Insane asylums in Bengal annual reports 1876-1887 - 1876-1887
Year: 1876
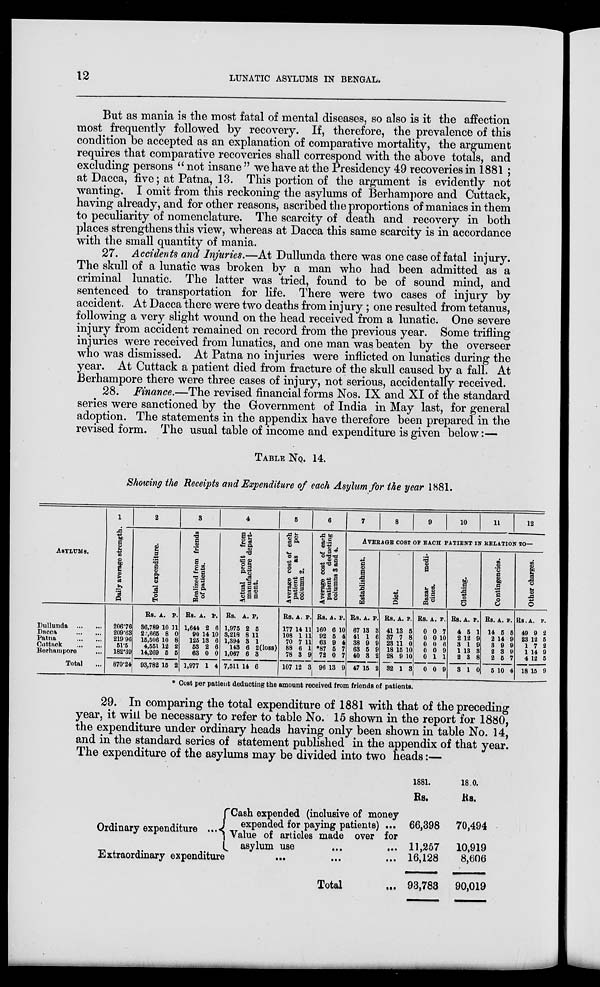
12
LUNATIC ASYLUMS IN BENGAL.
But as mania is the most fatal of mental diseases, so also is it the affection
most frequently followed by recovery. If, therefore, the prevalence of this
condition be accepted as an explanation of comparative mortality, the argument
requires that comparative recoveries shall correspond with the above totals, and
excluding persons " not insane " we have at the Presidency 49 recoveries in 1881 ;
at Dacca, five; at Patna, 13. This portion of the argument is evidently not
wanting. I omit from this reckoning the asylums of Berhampore and Cuttack,
having already, and for other reasons, ascribed the proportions of maniacs in them
to peculiarity of nomenclature. The scarcity of death and recovery in both
places strengthens this view, whereas at Dacca this same scarcity is in accordance
with the small quantity of mania.
27. Accidents and Injuries.—At Dullunda there was one case of fatal injury.
The skull of a lunatic was broken by a man who had been admitted as a
criminal lunatic. The latter was tried, found to be of sound mind, and
sentenced to transportation for life. There were two cases of injury by
accident. At Dacca there were two deaths from injury; one resulted from tetanus,
following a very slight wound on the head received from a lunatic. One severe
injury from accident remained on record from the previous year. Some trifling
injuries were received from lunatics, and one man was beaten by the overseer
who was dismissed. At Patna no injuries were inflicted on lunatics during the
year. At Cuttack a patient died from fracture of the skull caused by a fall. At
Berhampore there were three cases of injury, not serious, accidentally received.
28. Finance.—The revised financial forms Nos. IX and XI of the standard
series were sanctioned by the Government of India in May last, for general
adoption. The statements in the appendix have therefore been prepared in the
revised form. The usual table of income and expenditure is given below:—
TABLE No. 14.
Showing the Receipts and Expenditure of each Asylum for the year 1881.
ASYLUMS.
Dullunda
...
...
Dacca
... ...
Patna
...
...
Cuttack
...
...
Berhampore ...
Total ...
1
Daily average strength
206.76
209.63
219.96
51.5
182.39
870.24
2
Total expenditure.
Rs.
36,789
22,665
15,506
4,551
14,269
93,782
A.
10
8
10
12
5
15
P.
11
0
8
2
5
2
3
Realized from friends
of patients.
Rs.
1,644
90
125
53
63
1,977
A.
2
14
13
2
0
1
P.
6
10
6
6
0
4
4
Actual profit from
manufacture depart-
ment.
Rs.
1,975
3,218
1,394
143
1,067
7,511
A.
2
8
3
6
6
14
P.
5
11
1
2(loss)
3
6
5
Average cost of each
patient as
per
column 2.
Rs.
177
108
70
88
78
107
A.
14
1
7 6
3
12
P.
11
11
11
1
9
3
6
Average cost of each
patient deducting
columns 3 and 4.
Rs.
160
92
63
*87
72
96
A.
6
5
9
5
0
13
P.
10
4
4
7
7
9
7
8
9
10
11
12
AVERAGE COST OF EACH PATITNT IN RELATION TO—
Establishment.
Rs.
67
41
38
63
40
47
A.
13
1
9
5
3
15
P.
3
6
9
9
2
2
Diet.
Rs.
41
37
23
18
28
32
A.
13
7
11
15
9
1
P.
5
8
0
10
10
3
Bazar
medi-
cines.
Rs.
0
0
0
0
0
0
A.
0
0
0
0
1
0
P.
7
10
6
9
1
9
Clothing.
Rs.
4
2
3
1
2
3
A.
5
12
1
13
3
1
P.
1
9
9
3
8
0
Contingencies.
Rs.
14
2
3
2
2
5
A.
5
14
9
3
5
10
P.
5
9
9
9
7
4
Other charges.
Rs.
49
23
1
1
4
18
A.
9
12
7
14
12
15
P.
2
5
2
9
5
9
* Cost per patient deducting the amount received from friends of patients.
29. In comparing the total expenditure of 1881 with that of the preceding
year, it will be necessary to refer to table No. 15 shown in the report for 1880,
the expenditure under ordinary heads having only been shown in table No. 14,
and in the standard series of statement published in the appendix of that year.
The expenditure of the asylums may be divided into two heads:—
Ordinary expenditure ...
Cash expended (inclusive of money
expended for paying patients) ...
Value of articles made over for
asylum use
...
Extraordinary expenditure... ... ...
Total ...
1881.
Rs.
66,398
11,257
16,128
93,783
1880.
Rs.
70,494
10,919
8,606
90,019